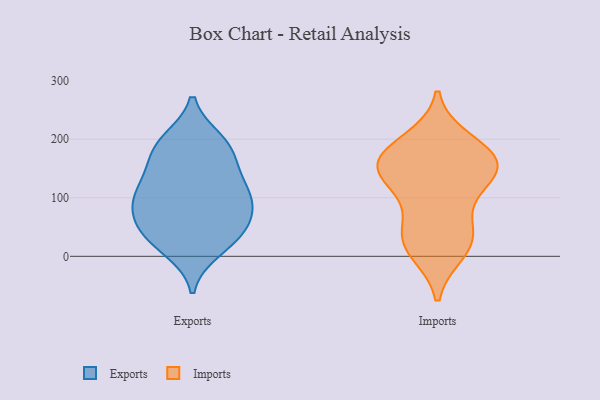
{"axis": {"x": "Population (Million)", "y": "Value"}, "legend": ["Exports", "Imports"], "data": [{"x": "", "y": 45, "type": "Exports"}, {"x": "", "y": 53, "type": "Exports"}, {"x": "", "y": 192, "type": "Exports"}, {"x": "", "y": 191, "type": "Exports"}, {"x": "", "y": 38, "type": "Exports"}, {"x": "", "y": 134, "type": "Exports"}, {"x": "", "y": 170, "type": "Exports"}, {"x": "", "y": 198, "type": "Exports"}, {"x": "", "y": 11, "type": "Exports"}, {"x": "", "y": 99, "type": "Exports"}, {"x": "", "y": 104, "type": "Exports"}, {"x": "", "y": 20, "type": "Exports"}, {"x": "", "y": 150, "type": "Exports"}, {"x": "", "y": 63, "type": "Exports"}, {"x": "", "y": 108, "type": "Exports"}, {"x": "", "y": 81, "type": "Exports"}, {"x": "", "y": 101, "type": "Exports"}, {"x": "", "y": 156, "type": "Imports"}, {"x": "", "y": 154, "type": "Imports"}, {"x": "", "y": 33, "type": "Imports"}, {"x": "", "y": 47, "type": "Imports"}, {"x": "", "y": 10, "type": "Imports"}, {"x": "", "y": 196, "type": "Imports"}, {"x": "", "y": 24, "type": "Imports"}, {"x": "", "y": 136, "type": "Imports"}, {"x": "", "y": 171, "type": "Imports"}, {"x": "", "y": 146, "type": "Imports"}, {"x": "", "y": 109, "type": "Imports"}, {"x": "", "y": 172, "type": "Imports"}]}